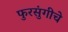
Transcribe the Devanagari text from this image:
फुरसुंगीचे